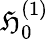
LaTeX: \mathfrak{H}_{0}^{(1)}